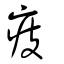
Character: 㽻